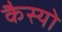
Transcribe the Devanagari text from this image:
कैस्‍यो